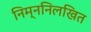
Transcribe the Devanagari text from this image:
निम्ननिलखित